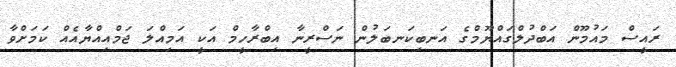
ރައީސް މައުމޫން އަބްދުލްގައްޔޫމްގެ އަނބިކަނބަލުން ނަސްރީނާ އިބްރާހީމް އަކީ އަމިއްލަ ޖަމްއިއްޔާއެއް ކަމަށްވާ